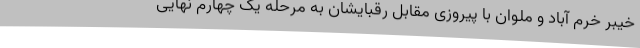
خیبر خرم آباد و ملوان با پیروزی مقابل رقبایشان به مرحله یک چهارم نهایی